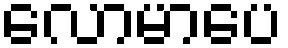
လောမာပေ